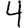
Digit: 4